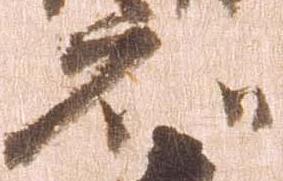
知